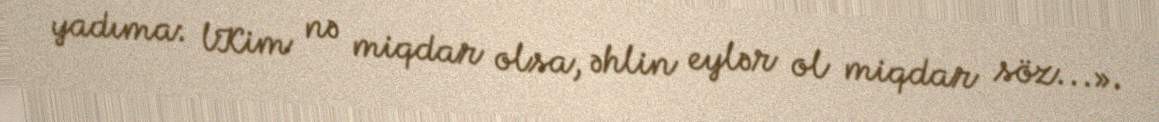
yadıma: lKim nə miqdar olsa, əhlin eylər ol miqdar söz...».